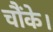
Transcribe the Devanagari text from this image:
चौंके।